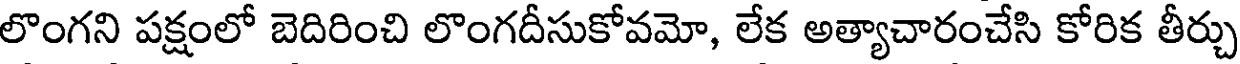
లొంగని పక్షంలో బెదిరించి లొంగదీసుకోవమో, లేక అత్యాచారంచేసి కోరిక తీర్చు